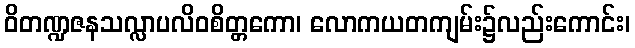
ဝိတဏ္ဍဇနသလ္လာပလိဝစိတ္တကော၊ လောကယတကျမ်း၌လည်းကောင်း၊